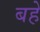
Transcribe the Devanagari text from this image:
बहें